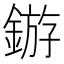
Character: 𬫲